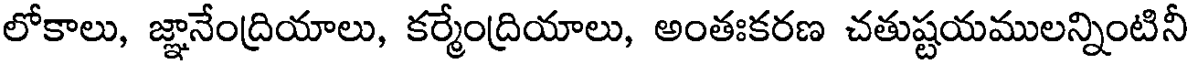
లోకాలు, జ్ఞానేంద్రియాలు, కర్మేంద్రియాలు, అంతఃకరణ చతుష్టయములన్నింటినీ